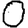
Digit: 0